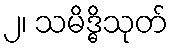
၂၊ သမိဒ္ဓိသုတ်